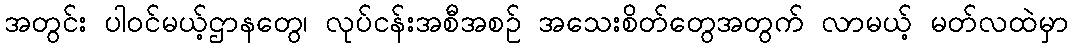
အတွင်း ပါဝင်မယ့်ဌာနတွေ၊ လုပ်ငန်းအစီအစဉ် အသေးစိတ်တွေအတွက် လာမယ့် မတ်လထဲမှာ